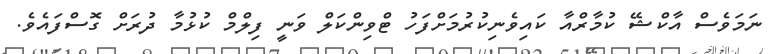
ނަމަވެސް އާކްޝޭ ކުމާރްއާ ކައިވެނިކުރުމަށްފަހު ޓްވިންކަލް ވަނީ ފިލްމް ކުޅުމާ ދުރަށް ގޮސްފައެވެ.